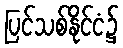
ပြင်သစ်နိုင်ငံ၌